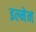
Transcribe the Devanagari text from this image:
इल्मेन